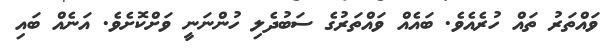
ވައްތަރު ތައް ހުރެއެވެ. ބައެއް ވައްތަރުގެ ސަބުދެލި ހުންނަނީ ވަށްކޮށެވެ. އަނެއް ބައި